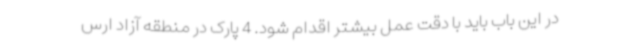
در این باب باید با دقت عمل بیشتر اقدام شود. 4 پارک در منطقه آزاد ارس